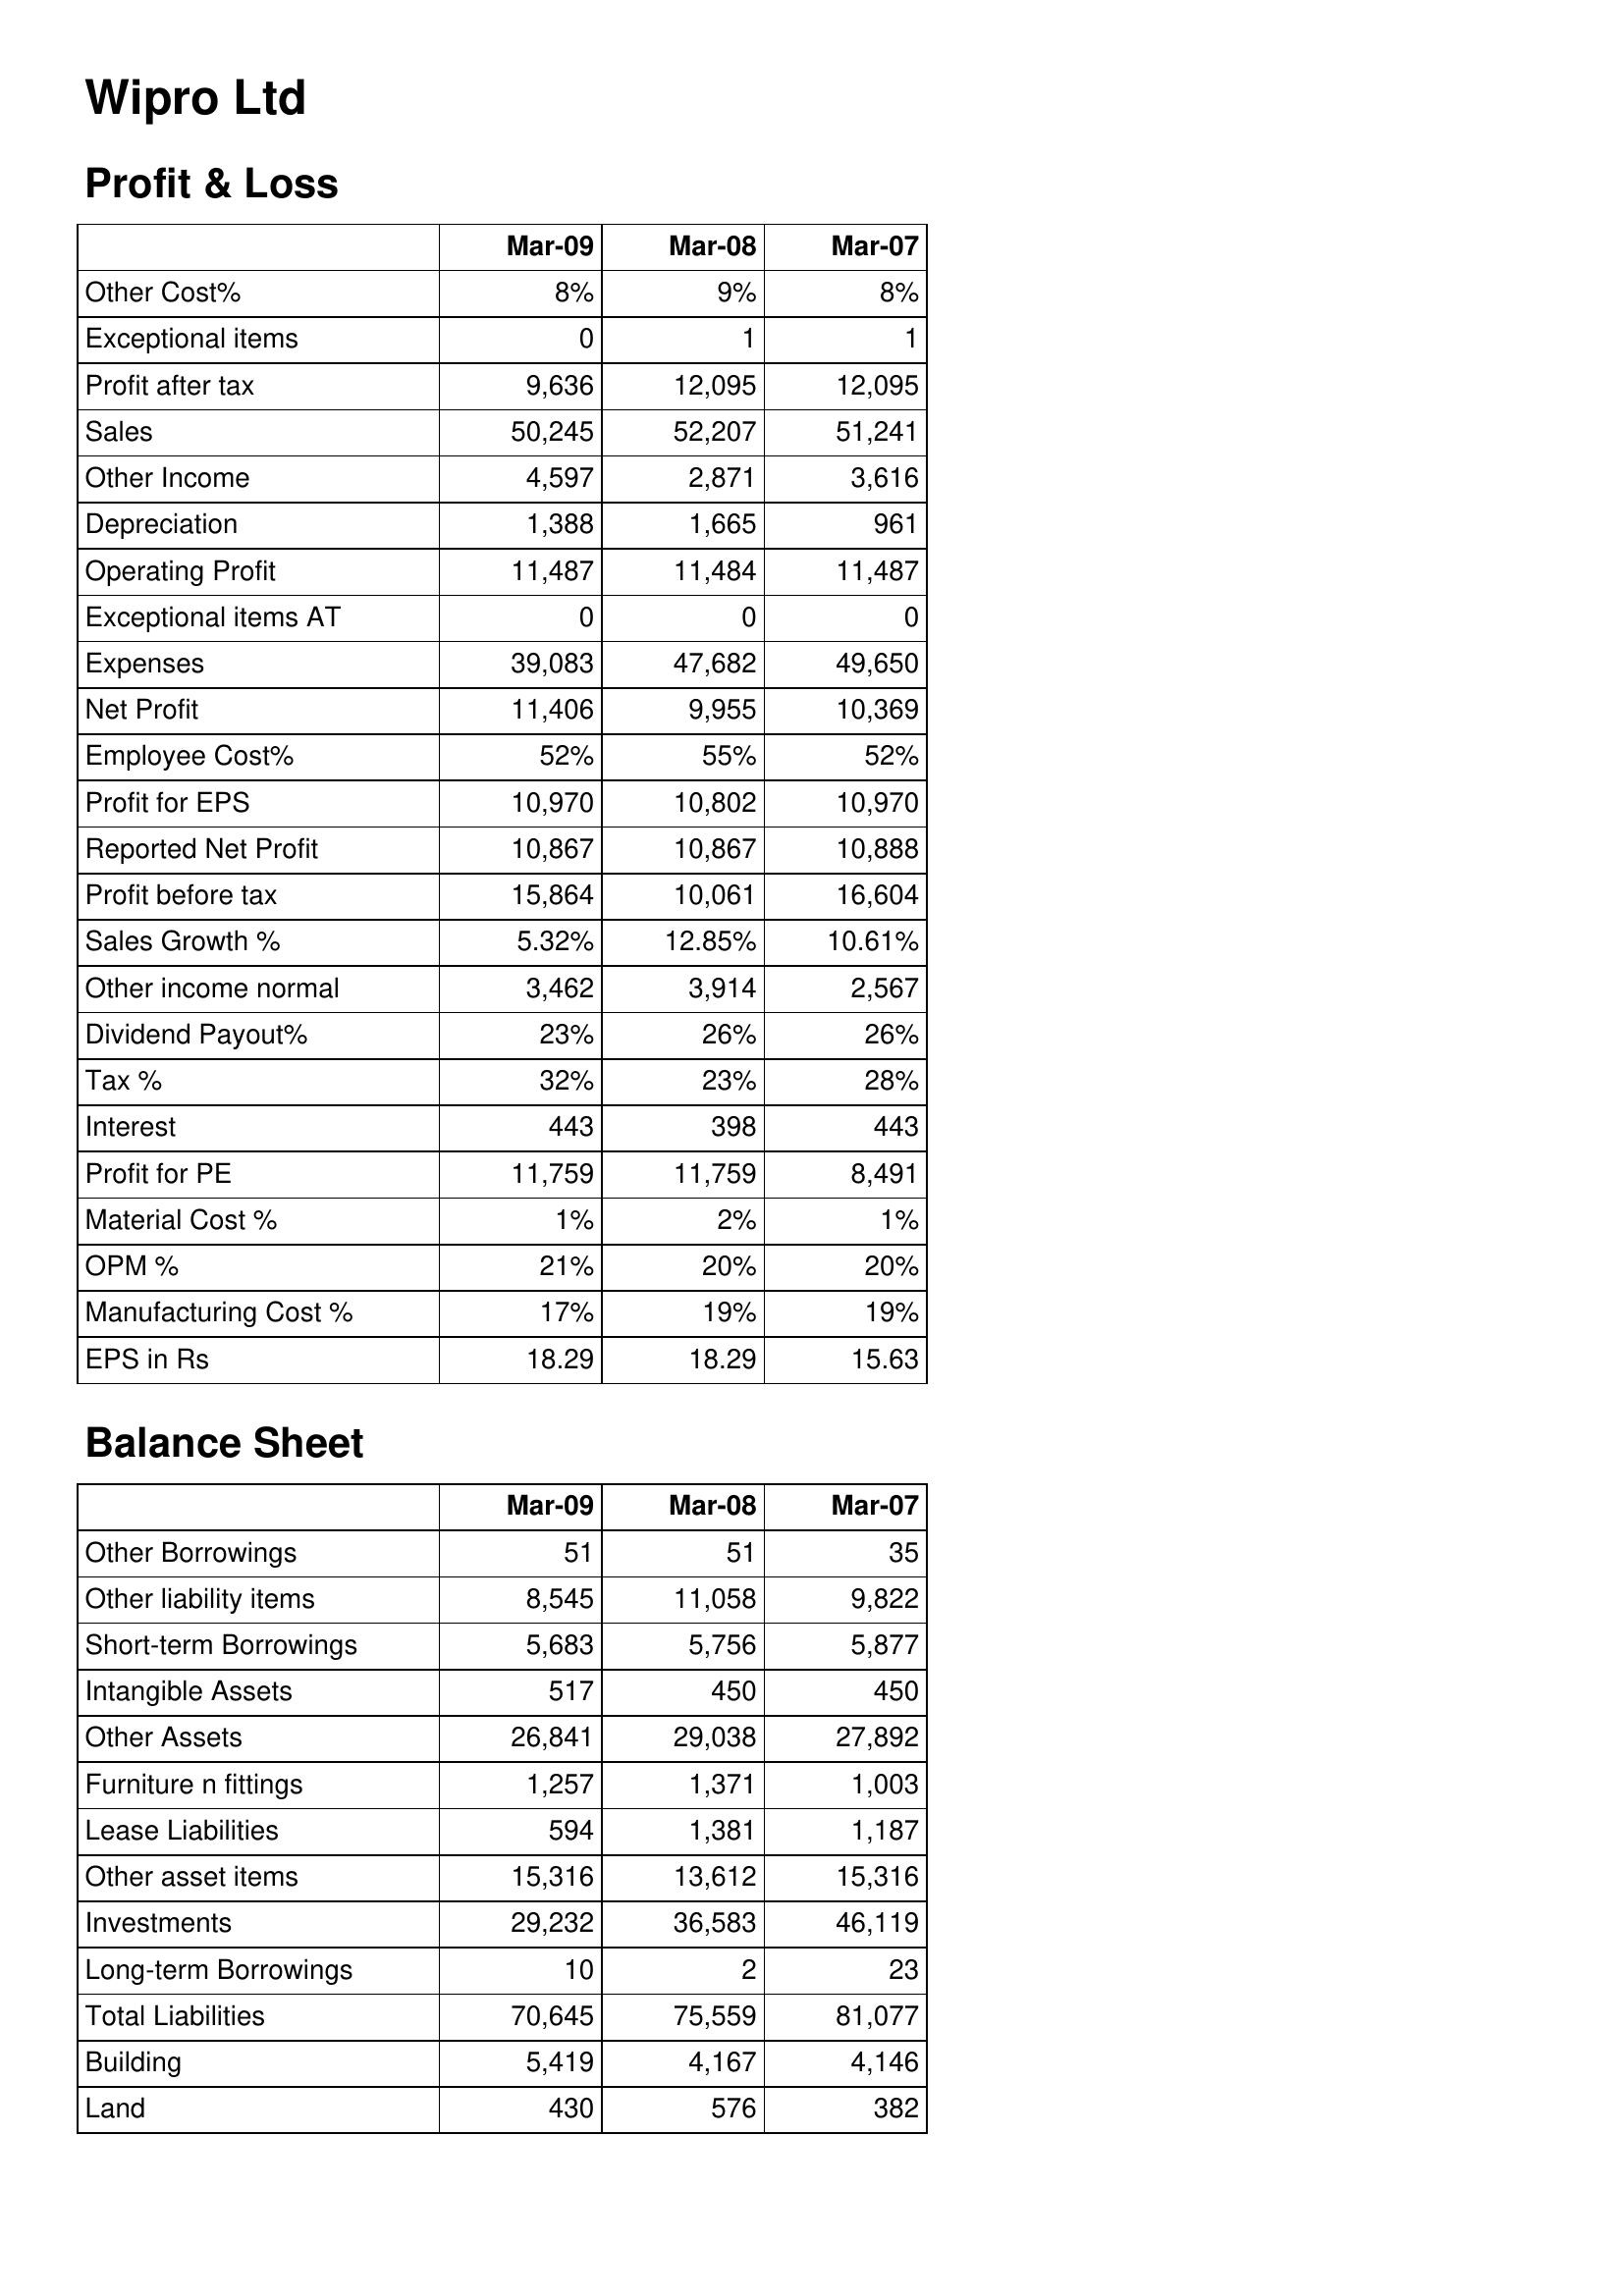
Mar-09: Profit & Loss: Other Cost%: 8%
Exceptional items: 0
Profit after tax: 9,636
Sales: 50,245
Other Income: 4,597
Depreciation: 1,388
Operating Profit: 11,487
Exceptional items AT: 0
Expenses: 39,083
Net Profit: 11,406
Employee Cost%: 52%
Profit for EPS: 10,970
Reported Net Profit: 10,867
Profit before tax: 15,864
Sales Growth %: 5.32%
Other income normal: 3,462
Dividend Payout%: 23%
Tax %: 32%
Interest: 443
Profit for PE: 11,759
Material Cost %: 1%
OPM %: 21%
Manufacturing Cost %: 17%
EPS in Rs: 18.29
Balance Sheet: Other Borrowings: 51
Other liability items: 8,545
Short-term Borrowings: 5,683
Intangible Assets: 517
Other Assets: 26,841
Furniture n fittings: 1,257
Lease Liabilities: 594
Other asset items: 15,316
Investments: 29,232
Long-term Borrowings: 10
Total Liabilities: 70,645
Building: 5,419
Land: 430
Mar-08: Profit & Loss: Other Cost%: 9%
Exceptional items: 1
Profit after tax: 12,095
Sales: 52,207
Other Income: 2,871
Depreciation: 1,665
Operating Profit: 11,484
Exceptional items AT: 0
Expenses: 47,682
Net Profit: 9,955
Employee Cost%: 55%
Profit for EPS: 10,802
Reported Net Profit: 10,867
Profit before tax: 10,061
Sales Growth %: 12.85%
Other income normal: 3,914
Dividend Payout%: 26%
Tax %: 23%
Interest: 398
Profit for PE: 11,759
Material Cost %: 2%
OPM %: 20%
Manufacturing Cost %: 19%
EPS in Rs: 18.29
Balance Sheet: Other Borrowings: 51
Other liability items: 11,058
Short-term Borrowings: 5,756
Intangible Assets: 450
Other Assets: 29,038
Furniture n fittings: 1,371
Lease Liabilities: 1,381
Other asset items: 13,612
Investments: 36,583
Long-term Borrowings: 2
Total Liabilities: 75,559
Building: 4,167
Land: 576
Mar-07: Profit & Loss: Other Cost%: 8%
Exceptional items: 1
Profit after tax: 12,095
Sales: 51,241
Other Income: 3,616
Depreciation: 961
Operating Profit: 11,487
Exceptional items AT: 0
Expenses: 49,650
Net Profit: 10,369
Employee Cost%: 52%
Profit for EPS: 10,970
Reported Net Profit: 10,888
Profit before tax: 16,604
Sales Growth %: 10.61%
Other income normal: 2,567
Dividend Payout%: 26%
Tax %: 28%
Interest: 443
Profit for PE: 8,491
Material Cost %: 1%
OPM %: 20%
Manufacturing Cost %: 19%
EPS in Rs: 15.63
Balance Sheet: Other Borrowings: 35
Other liability items: 9,822
Short-term Borrowings: 5,877
Intangible Assets: 450
Other Assets: 27,892
Furniture n fittings: 1,003
Lease Liabilities: 1,187
Other asset items: 15,316
Investments: 46,119
Long-term Borrowings: 23
Total Liabilities: 81,077
Building: 4,146
Land: 382